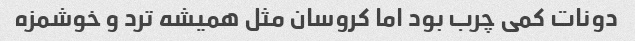
دونات کمی چرب بود اما کروسان مثل همیشه ترد و خوشمزه